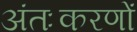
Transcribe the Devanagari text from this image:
अंतःकरणों